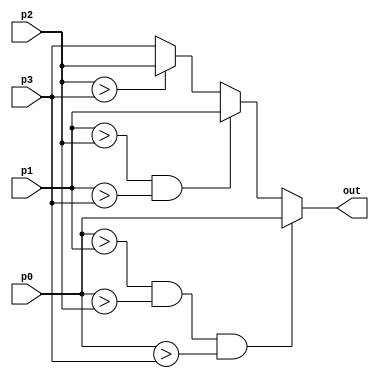
`timescale 1ns / 1ps 
                                                                                                                                                     
module max_pool(p0, p1, p2, p3, out);
input [7:0] p0, p1, p2, p3; 
output[7:0] out;

  assign out = p0 > p1 && p0 > p2 && p0 > p3 ? p0 :
               p1 > p2 && p1 > p3            ? p1 :
               p2 > p3                       ? p2 : p3; 

endmodule


module custom_max_pool(clk, input_stream, reset, output_stream, data_valid);

parameter IMAGE_WIDTH = 8;

input clk, reset;
input[7:0] input_stream;
output[7:0] output_stream;
output reg  data_valid;

//shift registers
reg [7:0]row1[0:IMAGE_WIDTH-1];
reg [7:0]row2[0:1];

integer i;

reg [1:0] STATE;
reg [3:0] counter;
reg [6:0] counter_finish;

always@(posedge clk)begin
  //RESET STATE
  if(reset == 1'b1)begin
    STATE <= 0;
    counter <= 1;
    counter_finish <= 0;
     data_valid <= 0;
  end

  //INITIAL STATE. FILL UP THE BUFFER
  else if(STATE == 0)begin
    if(counter == 10)begin
      STATE <= 1;     
      counter <= 1;
      data_valid <= 1;
    end
    else begin
      STATE <= 0;     
      counter <= counter + 1;
      data_valid <= 0;
    end
    
    counter_finish <= counter_finish + 1;
  end


  //Data VALID
  else if(STATE == 1)begin
    if(counter_finish == 7'd64)begin
      STATE <= 3;     
      counter<= 0;
      data_valid <= 0;
    end
    else if(counter == 5'd7)begin
      STATE <= 2;     
      counter<= 1;
      data_valid <= 0;
    end
    else begin  
      STATE <= 1;     
      counter<= counter+1;
      data_valid <= 1;
    end
      counter_finish <= counter_finish + 1;
  end

  //Data not valid
  else if(STATE == 2)begin
    if(counter == 5'd1)begin
      STATE <= 1;     
      counter <= 1;
      data_valid <=1;
    end
    else begin  
      STATE <= 2;     
      counter<= counter+1;
      data_valid <=0;
    end
    
    counter_finish <= counter_finish + 1;
  end

  //Data not valid
  else if(STATE == 3)begin
    STATE <= 3;     
    data_valid <= 0;
    counter<= 0;
    counter_finish <= 0;
  end

end


always@(posedge clk)begin
  row1[0] <= input_stream;
  row2[0] <= row1[IMAGE_WIDTH-1];
  row2[1] <= row2[0];
  for(i = 1; i < IMAGE_WIDTH; i=i+1)begin
    row1[i] <= row1[i-1];
  end
end           

max_pool mp(row1[0],row1[1], row2[0],row2[1], output_stream);

endmodule